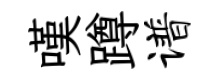
嘆蹲谱